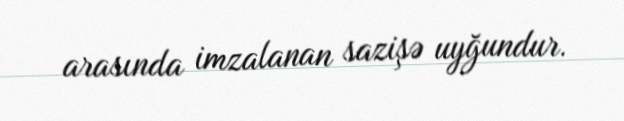
arasında imzalanan sazişə uyğundur.